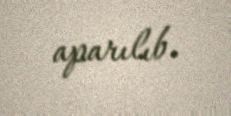
aparılıb.